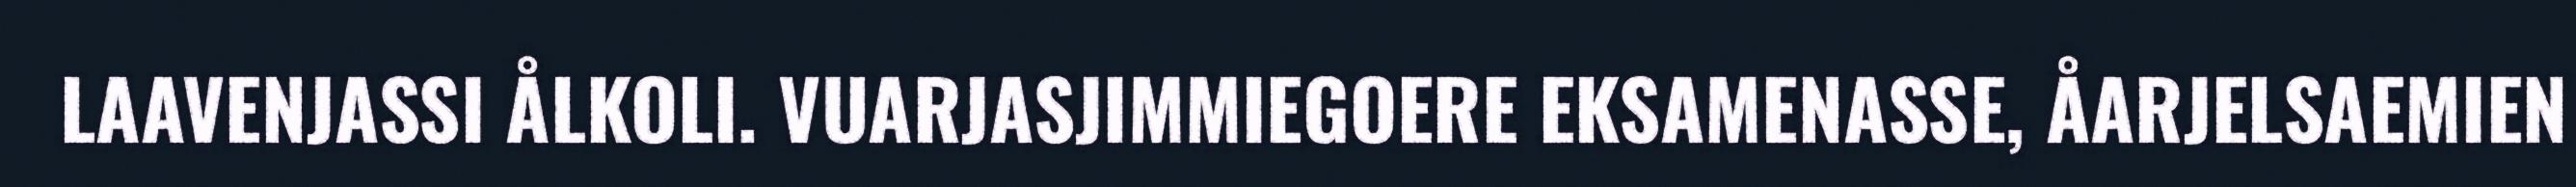
LAAVENJASSI ÅLKOLI. VUARJASJIMMIEGOERE EKSAMENASSE, ÅARJELSAEMIEN